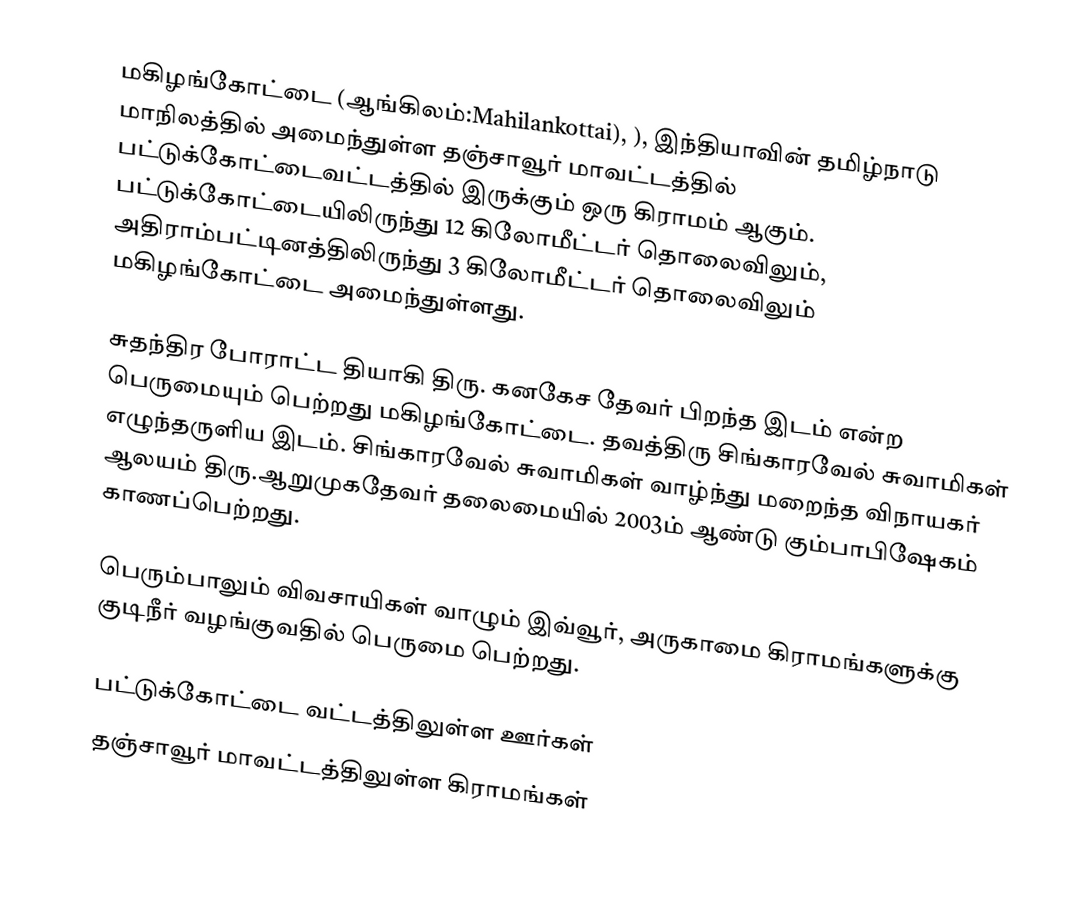
மகிழங்கோட்டை (ஆங்கிலம்:Mahilankottai), ), இந்தியாவின் தமிழ்நாடு மாநிலத்தில் அமைந்துள்ள தஞ்சாவூர் மாவட்டத்தில்   பட்டுக்கோட்டைவட்டத்தில் இருக்கும்  ஒரு கிராமம் ஆகும். பட்டுக்கோட்டையிலிருந்து 12 கிலோமீட்டர் தொலைவிலும், அதிராம்பட்டினத்திலிருந்து 3 கிலோமீட்டர் தொலைவிலும் மகிழங்கோட்டை அமைந்துள்ளது.

சுதந்திர போராட்ட தியாகி திரு. கனகேச தேவர் பிறந்த இடம் என்ற பெருமையும் பெற்றது மகிழங்கோட்டை. தவத்திரு சிங்காரவேல் சுவாமிகள் எழுந்தருளிய இடம். சிங்காரவேல் சுவாமிகள் வாழ்ந்து மறைந்த விநாயகர் ஆலயம் திரு.ஆறுமுகதேவர் தலைமையில் 2003ம் ஆண்டு கும்பாபிஷேகம் காணப்பெற்றது.

பெரும்பாலும் விவசாயிகள் வாழும் இவ்வூர், அருகாமை கிராமங்களுக்கு குடிநீர் வழங்குவதில் பெருமை பெற்றது.

பட்டுக்கோட்டை வட்டத்திலுள்ள ஊர்கள்
தஞ்சாவூர் மாவட்டத்திலுள்ள கிராமங்கள்